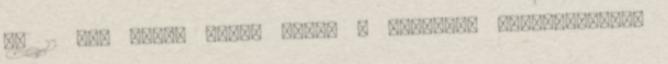
az 12 éve volt. Aztán azzal a népszerű ellenvetéssel